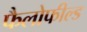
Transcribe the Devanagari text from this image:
फैलोफील्ड